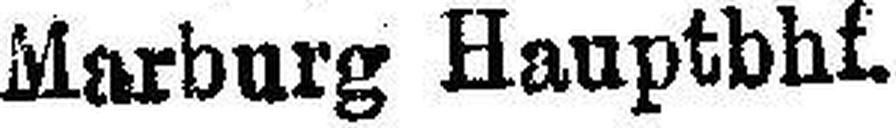
Marburg Hauptbhf.